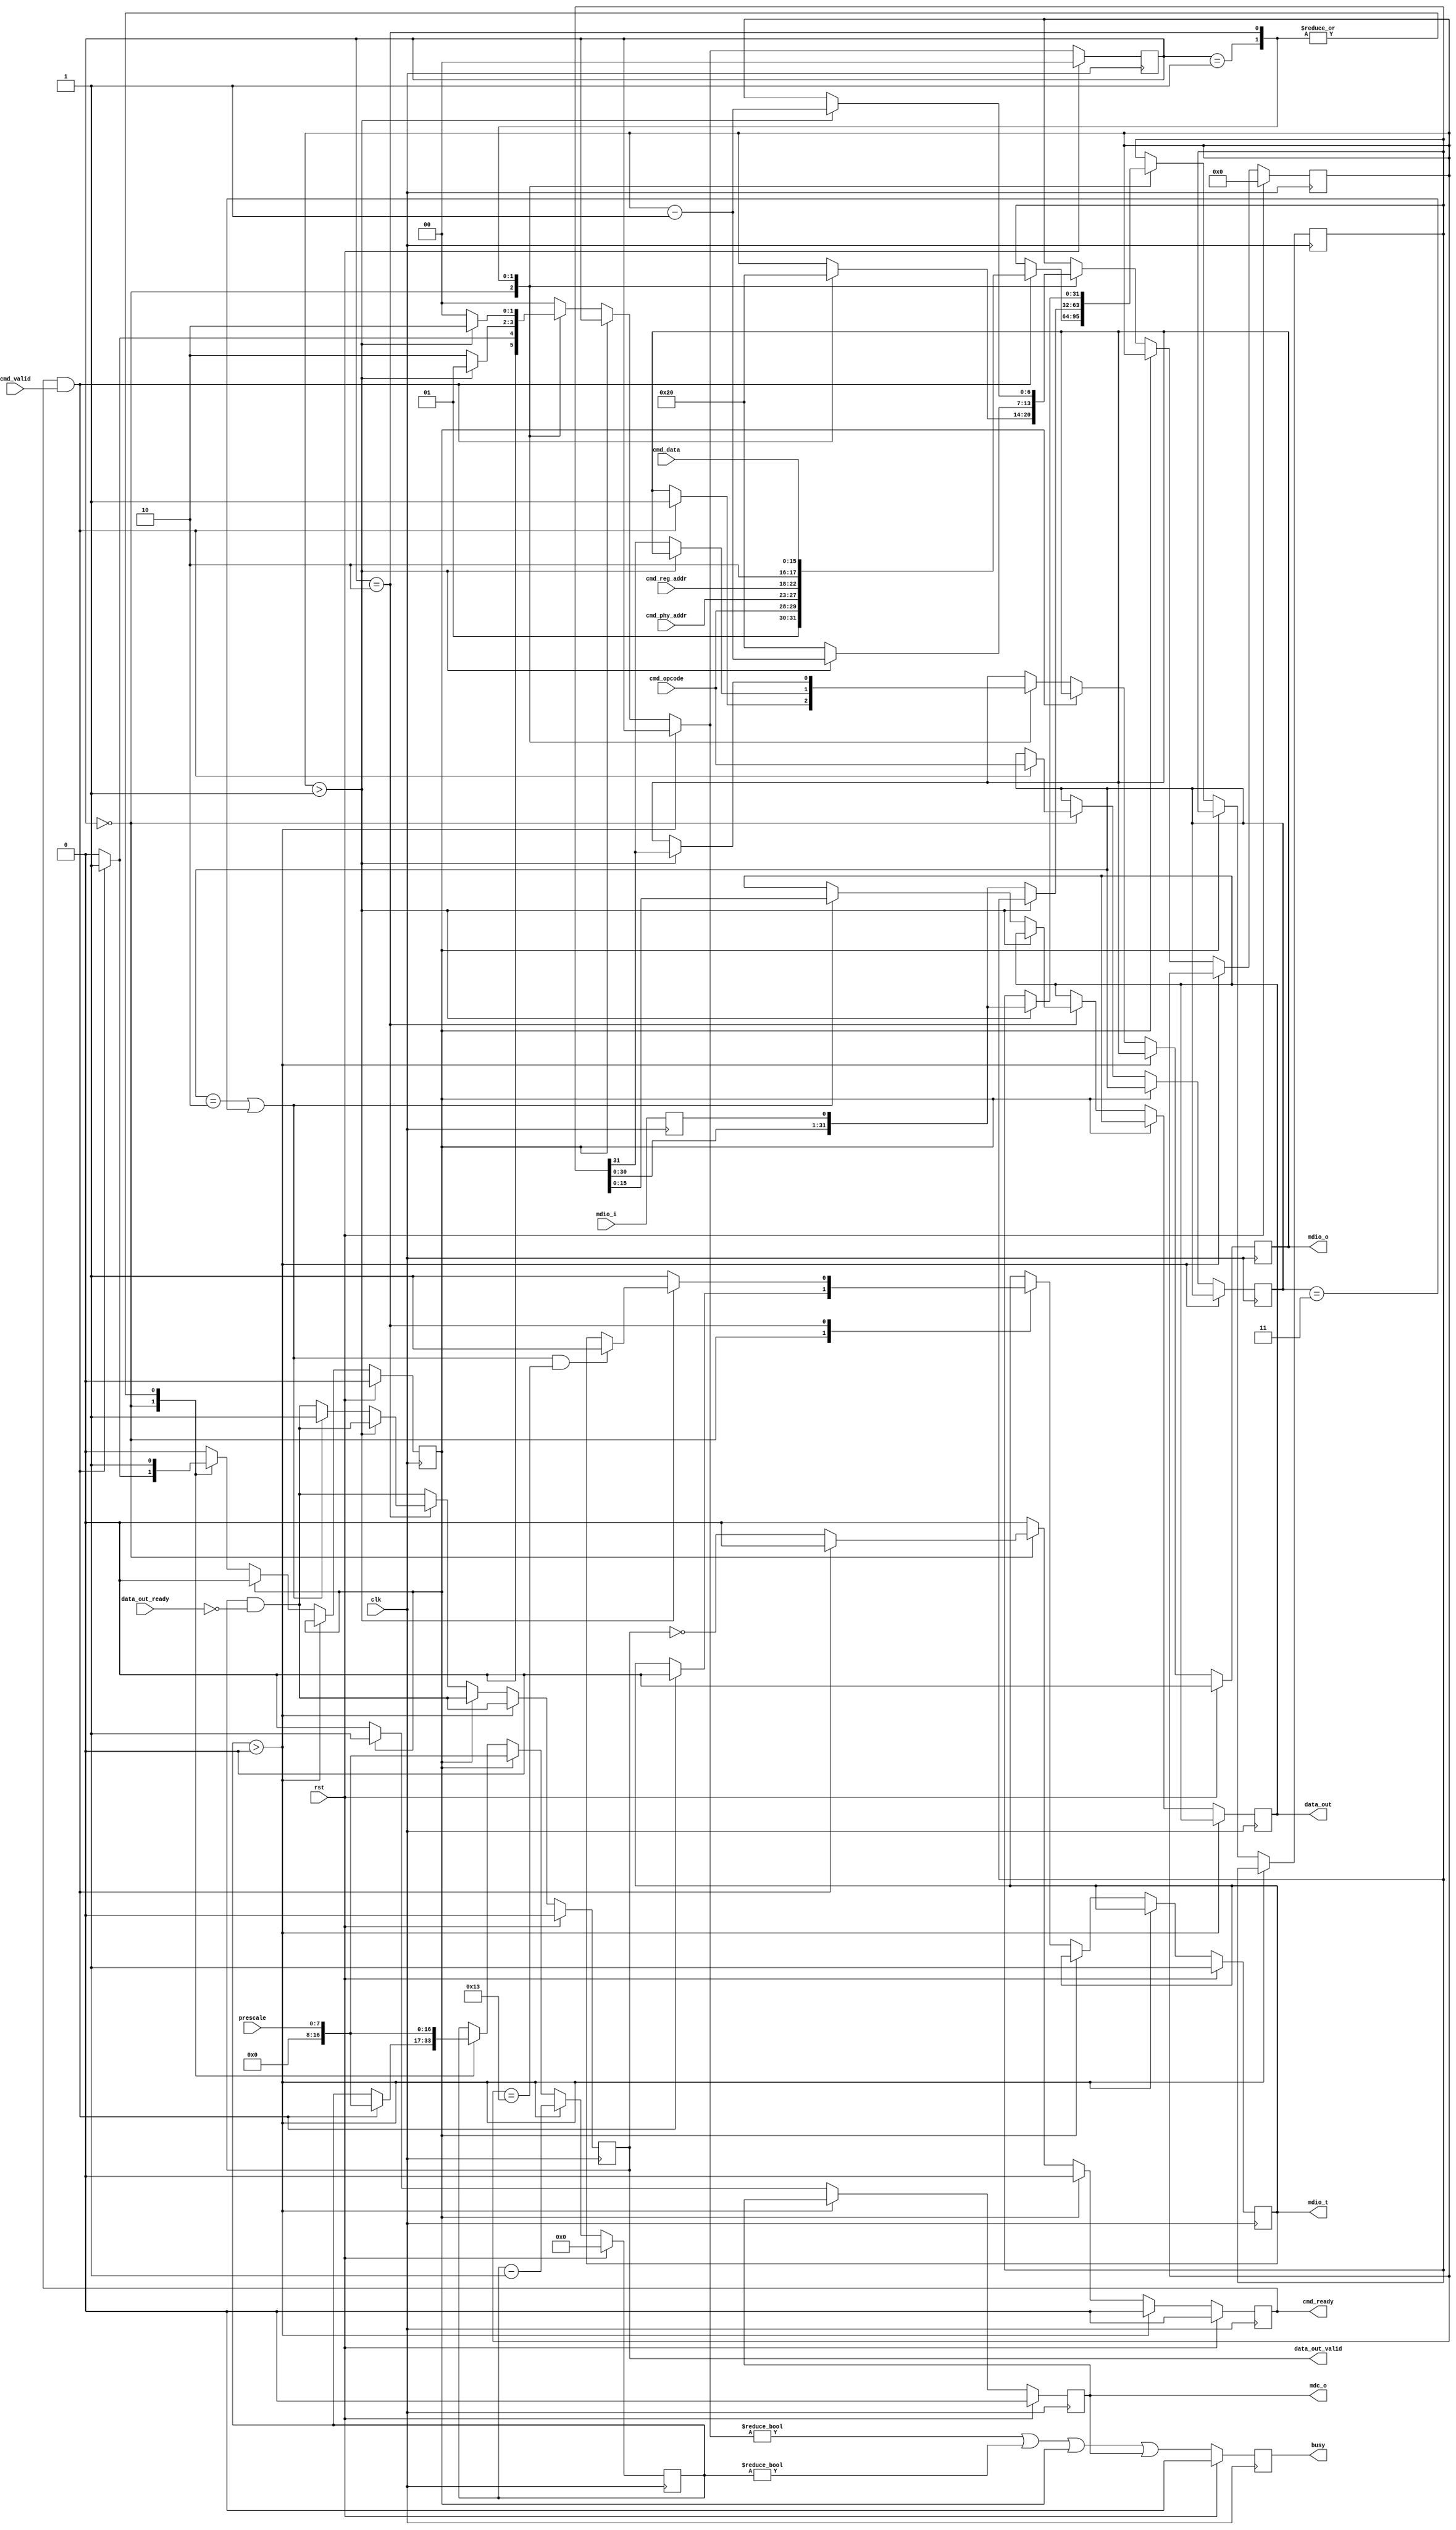
module mdio_master (
    input  wire        clk,
    input  wire        rst,
    input  wire [4:0]  cmd_phy_addr,
    input  wire [4:0]  cmd_reg_addr,
    input  wire [15:0] cmd_data,
    input  wire [1:0]  cmd_opcode,
    input  wire        cmd_valid,
    output wire        cmd_ready,
    output wire [15:0] data_out,
    output wire        data_out_valid,
    input  wire        data_out_ready,
    output wire        mdc_o,
    input  wire        mdio_i,
    output wire        mdio_o,
    output wire        mdio_t,
    output wire        busy,
    input  wire [7:0]  prescale
);
localparam [1:0]
    STATE_IDLE = 2'd0,
    STATE_PREAMBLE = 2'd1,
    STATE_TRANSFER = 2'd2;
reg [1:0] state_reg = STATE_IDLE, state_next;
reg [16:0] count_reg = 16'd0, count_next;
reg [6:0] bit_count_reg = 6'd0, bit_count_next;
reg cycle_reg = 1'b0, cycle_next;
reg [31:0] data_reg = 32'd0, data_next;
reg [1:0] op_reg = 2'b00, op_next;
reg cmd_ready_reg = 1'b0, cmd_ready_next;
reg [15:0] data_out_reg = 15'd0, data_out_next;
reg data_out_valid_reg = 1'b0, data_out_valid_next;
reg mdio_i_reg = 1'b1;
reg mdc_o_reg = 1'b0, mdc_o_next;
reg mdio_o_reg = 1'b0, mdio_o_next;
reg mdio_t_reg = 1'b1, mdio_t_next;
reg busy_reg = 1'b0;
assign cmd_ready = cmd_ready_reg;
assign data_out = data_out_reg;
assign data_out_valid = data_out_valid_reg;
assign mdc_o = mdc_o_reg;
assign mdio_o = mdio_o_reg;
assign mdio_t = mdio_t_reg;
assign busy = busy_reg;
always @* begin
    state_next = STATE_IDLE;
    count_next = count_reg;
    bit_count_next = bit_count_reg;
    cycle_next = cycle_reg;
    data_next = data_reg;
    op_next = op_reg;
    cmd_ready_next = 1'b0;
    data_out_next = data_out_reg;
    data_out_valid_next = data_out_valid_reg & ~data_out_ready;
    mdc_o_next = mdc_o_reg;
    mdio_o_next = mdio_o_reg;
    mdio_t_next = mdio_t_reg;
    if (count_reg > 16'd0) begin
        count_next = count_reg - 16'd1;
        state_next = state_reg;
    end else if (cycle_reg) begin
        cycle_next = 1'b0;
        mdc_o_next = 1'b1;
        count_next = prescale;
        state_next = state_reg;
    end else begin
        mdc_o_next = 1'b0;
        case (state_reg)
            STATE_IDLE: begin
                cmd_ready_next = ~data_out_valid;
                if (cmd_ready & cmd_valid) begin
                    cmd_ready_next = 1'b0;
                    data_next = {2'b01, cmd_opcode, cmd_phy_addr, cmd_reg_addr, 2'b10, cmd_data};
                    op_next = cmd_opcode;
                    mdio_t_next = 1'b0;
                    mdio_o_next = 1'b1;
                    bit_count_next = 6'd32;
                    cycle_next = 1'b1;
                    count_next = prescale;
                    state_next = STATE_PREAMBLE;
                end else begin
                    state_next = STATE_IDLE;
                end
            end
            STATE_PREAMBLE: begin
                cycle_next = 1'b1;
                count_next = prescale;
                if (bit_count_reg > 6'd1) begin
                    bit_count_next = bit_count_reg - 6'd1;
                    state_next = STATE_PREAMBLE;
                end else begin
                    bit_count_next = 6'd32;
                    {mdio_o_next, data_next} = {data_reg, mdio_i_reg};
                    state_next = STATE_TRANSFER;
                end
            end
            STATE_TRANSFER: begin
                cycle_next = 1'b1;
                count_next = prescale;
                if ((op_reg == 2'b10 || op_reg == 2'b11) && bit_count_reg == 6'd19) begin
                    mdio_t_next = 1'b1;
                end
                if (bit_count_reg > 6'd1) begin
                    bit_count_next = bit_count_reg - 6'd1;
                    {mdio_o_next, data_next} = {data_reg, mdio_i_reg};
                    state_next = STATE_TRANSFER;
                end else begin
                    if (op_reg == 2'b10 || op_reg == 2'b11) begin
                        data_out_next = data_reg[15:0];
                        data_out_valid_next = 1'b1;
                    end
                    mdio_t_next = 1'b1;
                    state_next = STATE_IDLE;
                end
            end
        endcase
    end
end
always @(posedge clk) begin
    if (rst) begin
        state_reg <= STATE_IDLE;
        count_reg <= 16'd0;
        bit_count_reg <= 6'd0;
        cycle_reg <= 1'b0;
        cmd_ready_reg <= 1'b0;
        data_out_valid_reg <= 1'b0;
        mdc_o_reg <= 1'b0;
        mdio_o_reg <= 1'b0;
        mdio_t_reg <= 1'b1;
        busy_reg <= 1'b0;
    end else begin
        state_reg <= state_next;
        count_reg <= count_next;
        bit_count_reg <= bit_count_next;
        cycle_reg <= cycle_next;
        cmd_ready_reg <= cmd_ready_next;
        data_out_valid_reg <= data_out_valid_next;
        mdc_o_reg <= mdc_o_next;
        mdio_o_reg <= mdio_o_next;
        mdio_t_reg <= mdio_t_next;
        busy_reg <= (state_next != STATE_IDLE || count_reg != 0 || cycle_reg || mdc_o);
    end
    data_reg <= data_next;
    op_reg <= op_next;
    data_out_reg <= data_out_next;
    mdio_i_reg <= mdio_i;
end
endmodule